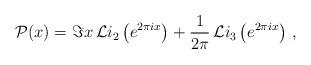
LaTeX: \begin{align*}{\cal P}(x)= \Im x\, {\cal L}i_2 \left(e^{2\pi i x}\right)+\frac{1}{2\pi}\, {\cal L}i_3\left(e^{2\pi i x}\right)\, ,\end{align*}